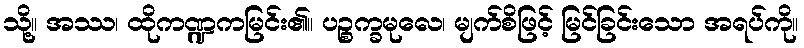
သို့။ အဿ၊ ထိုကဏ္ဍကမြင်း၏။ ပဉ္စက္ခမုလေ၊ မျက်စိဖြင့် မြင်ခြင်းသော အရပ်ကို။